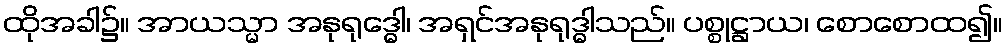
ထိုအခါ၌။ အာယသ္မာ အနုရုဒ္ဓေါ၊ အရှင်အနုရုဒ္ဓါသည်။ ပစ္စုဋ္ဌာယ၊ စောစောထ၍။